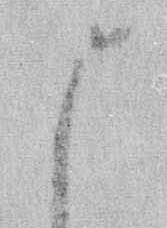
ま